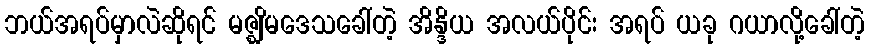
ဘယ်အရပ်မှာလဲဆိုရင် မဇ္ဈိမဒေသခေါ်တဲ့ အိန္ဒိယ အလယ်ပိုင်း အရပ် ယခု ဂယာလို့ခေါ်တဲ့